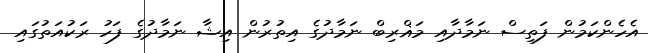
އެެހެންކަމުން ފަތިސް ނަމާދާއި މަޣްރިބް ނަމާދުގެ އިތުރުން އިޝާ ނަމާދުގެ ފަހު ރަކުއަތުގައި